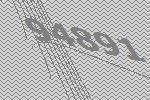
94891